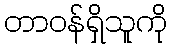
တာဝန်ရှိသူကို